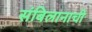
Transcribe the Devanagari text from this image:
संबिलानाची